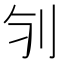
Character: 𠚻